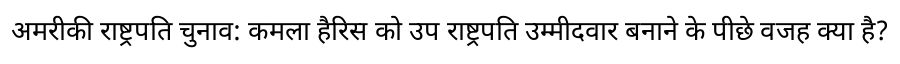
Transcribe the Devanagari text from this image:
अमरीकी राष्ट्रपति चुनाव: कमला हैरिस को उप राष्ट्रपति उम्मीदवार बनाने के पीछे वजह क्या है?